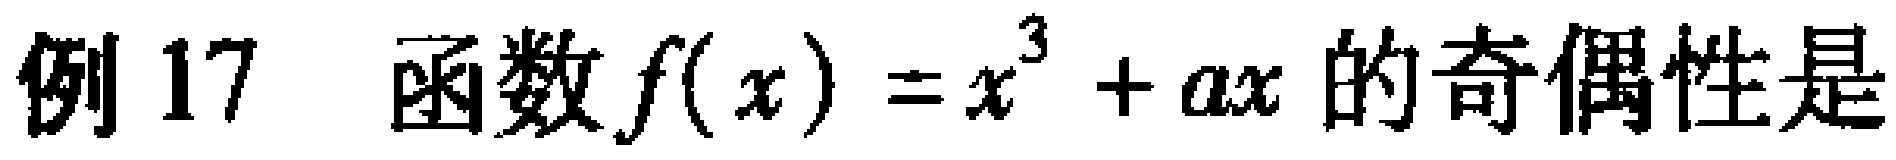
例 17  函数\(f(x)=x^{3}+ax\)的奇偶性是